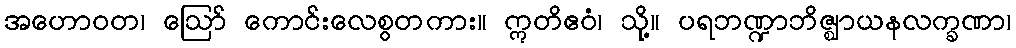
အဟောဝတ၊ ဩော် ကောင်းလေစွတကား။ ဣတိဧဝံ၊ သို့။ ပရဘဏ္ဍာဘိဇ္ဈာယနလက္ခဏာ၊